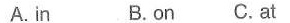
A. in B.on C.At